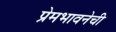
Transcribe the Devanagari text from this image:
प्रेमभावनेची